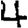
Digit: 4